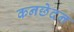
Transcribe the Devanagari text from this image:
कनछेदन